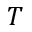
T